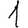
Digit: 1